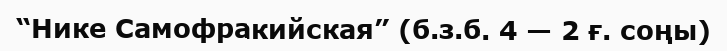
“Нике Самофракийская” (б.з.б. 4 — 2 ғ. соңы)